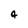
Character: 4